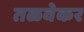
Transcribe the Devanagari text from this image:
तळवेकर